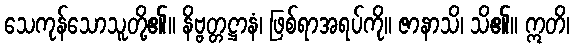
သေကုန်သောသူတို့၏။ နိဗ္ဗတ္တဋ္ဌာနံ၊ ဖြစ်ရာအရပ်ကို။ ဇာနာသိ၊ သိ၏။ ဣတိ၊